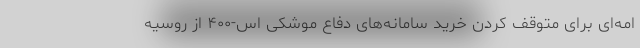
امه‌ای برای متوقف کردن خرید سامانه‌های دفاع موشکی اس-۴۰۰ از روسیه